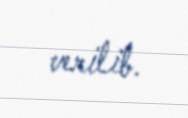
verilib.